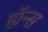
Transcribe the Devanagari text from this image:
हॉन्स